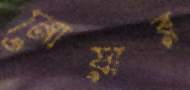
নোয়ার